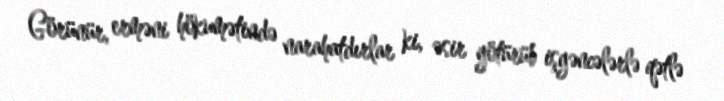
Görünür, erməni hökumətində narahatdırlar ki, əsir götürüb işgəncələrlə qətlə